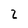
Character: 2